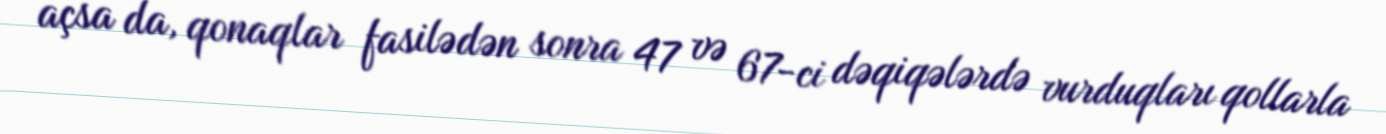
açsa da, qonaqlar fasilədən sonra 47 və 67-ci dəqiqələrdə vurduqları qollarla